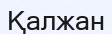
Қалжан